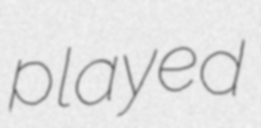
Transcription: played